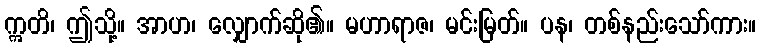
ဣတိ၊ ဤသို့။ အာဟ၊ လျှောက်ဆို၏။ မဟာရာဇ၊ မင်းမြတ်။ ပန၊ တစ်နည်းသော်ကား။